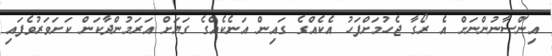
އިންސާނުންނަށް އެ ރޯގާ ޖެހުމަށްފަހު އެކެއްގެ ގައިން އަނެކެއްގެ ގަޔަށް އަރަމުންދާކަން ކަށަވަރުވެފައި